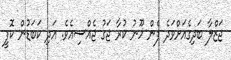
ޖަޒްލާ ބަދިގެއަށްވަދެ ފެން ހޫނު ކުރާ ޖަގު ޖެއްސިއެވެ. އަދި ކަބަޑުން ކޮފީ